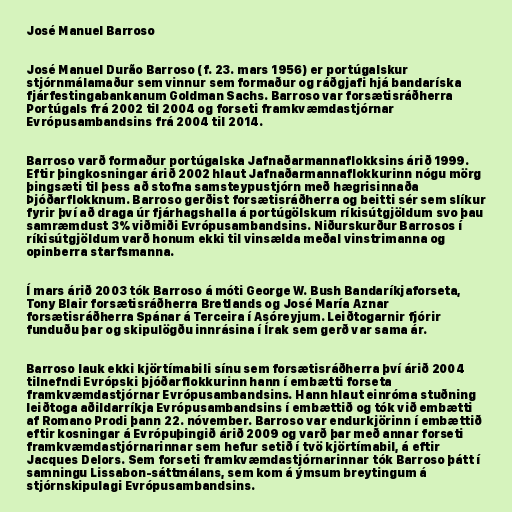
José Manuel Barroso

José Manuel Durão Barroso (f. 23. mars 1956) er portúgalskur
stjórnmálamaður sem vinnur sem formaður og ráðgjafi hjá bandaríska
fjárfestingabankanum Goldman Sachs. Barroso var forsætisráðherra
Portúgals frá 2002 til 2004 og forseti framkvæmdastjórnar
Evrópusambandsins frá 2004 til 2014.

Barroso varð formaður portúgalska Jafnaðarmannaflokksins árið 1999.
Eftir þingkosningar árið 2002 hlaut Jafnaðarmannaflokkurinn nógu mörg
þingsæti til þess að stofna samsteypustjórn með hægrisinnaða
Þjóðarflokknum. Barroso gerðist forsætisráðherra og beitti sér sem slíkur
fyrir því að draga úr fjárhagshalla á portúgölskum ríkisútgjöldum svo þau
samræmdust 3% viðmiði Evrópusambandsins. Niðurskurður Barrosos í
ríkisútgjöldum varð honum ekki til vinsælda meðal vinstrimanna og
opinberra starfsmanna.

Í mars árið 2003 tók Barroso á móti George W. Bush Bandaríkjaforseta,
Tony Blair forsætisráðherra Bretlands og José María Aznar
forsætisráðherra Spánar á Terceira í Asóreyjum. Leiðtogarnir fjórir
funduðu þar og skipulögðu innrásina í Írak sem gerð var sama ár.

Barroso lauk ekki kjörtímabili sínu sem forsætisráðherra því árið 2004
tilnefndi Evrópski þjóðarflokkurinn hann í embætti forseta
framkvæmdastjórnar Evrópusambandsins. Hann hlaut einróma stuðning
leiðtoga aðildarríkja Evrópusambandsins í embættið og tók við embætti
af Romano Prodi þann 22. nóvember. Barroso var endurkjörinn í embættið
eftir kosningar á Evrópuþingið árið 2009 og varð þar með annar forseti
framkvæmdastjórnarinnar sem hefur setið í tvö kjörtímabil, á eftir
Jacques Delors. Sem forseti framkvæmdastjórnarinnar tók Barroso þátt í
samningu Lissabon-sáttmálans, sem kom á ýmsum breytingum á
stjórnskipulagi Evrópusambandsins.